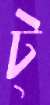
ট্